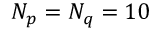
N _ { p } = N _ { q } = 1 0